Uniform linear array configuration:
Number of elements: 24
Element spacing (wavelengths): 0.75
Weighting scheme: cosine
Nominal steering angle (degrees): -45
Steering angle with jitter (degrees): -46.71
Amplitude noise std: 0.05
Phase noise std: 0.05

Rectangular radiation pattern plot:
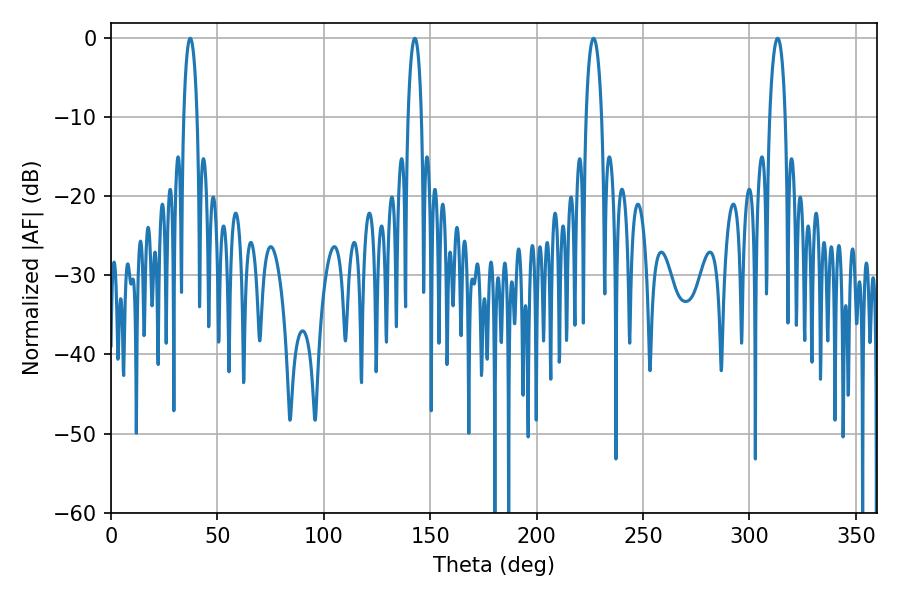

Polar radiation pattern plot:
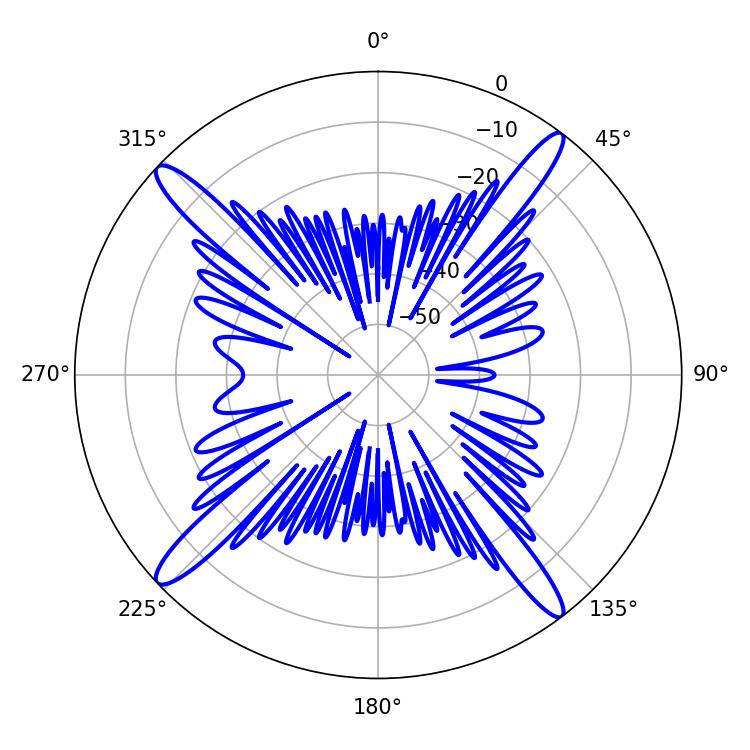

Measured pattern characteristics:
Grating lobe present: TRUE
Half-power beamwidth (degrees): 3.6
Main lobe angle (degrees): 37.26